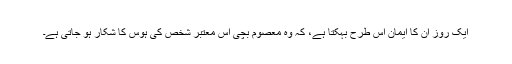
ایک روز ان کا ایمان اس طرح بہکتا ہے، کہ وہ معصوم بچی اس معتبر شخص کی ہوس کا شکار ہو جاتی ہے۔